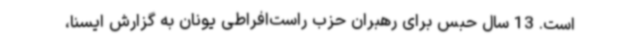
است. 13 سال حبس برای رهبران حزب راست‌افراطی یونان به گزارش ایسنا،